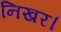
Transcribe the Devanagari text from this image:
निखर।